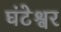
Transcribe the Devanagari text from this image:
घंटेश्वर